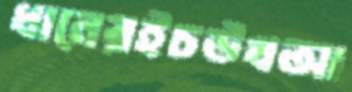
ধানেরইচউখআ